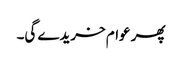
پھر عوام خریدے گی۔